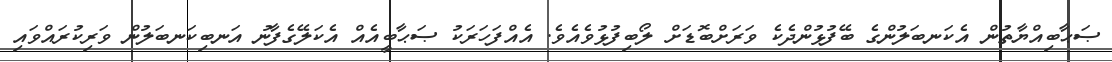
ޞަޙާބިއްޔާތުން އެކަނބަލުންގެ ބޭފުޅުންދެކެ ވަރަށްބޮޑަށް ލޯބިފުޅުވެއެވެ. އެއްފަހަރަކު ޞަޙާބީއެއް އެކަލޭގެފާނު އަނބިކަނބަލުން ވަރިކުރައްވައި